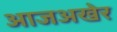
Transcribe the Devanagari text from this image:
आजअखेर